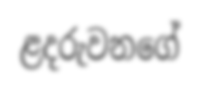
ළදරුවනගේ